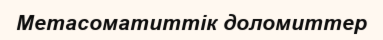
Метасоматиттік доломиттер